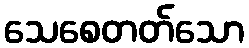
သေစေတတ်သော